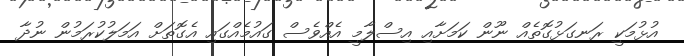
އުޅުމަކީ ރަނގަޅުގޮތެއް ނޫން ކަމަށާއި އިސްލާމީ އެއްވެސް ގައުމެއްގައި އެގޮތަށް އަމަލުކުރަމުން ނުދާ